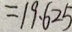
= 1 9 . 6 2 5